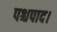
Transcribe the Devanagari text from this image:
पश्चपाद।